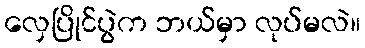
လှေပြိုင်ပွဲက ဘယ်မှာ လုပ်မလဲ။